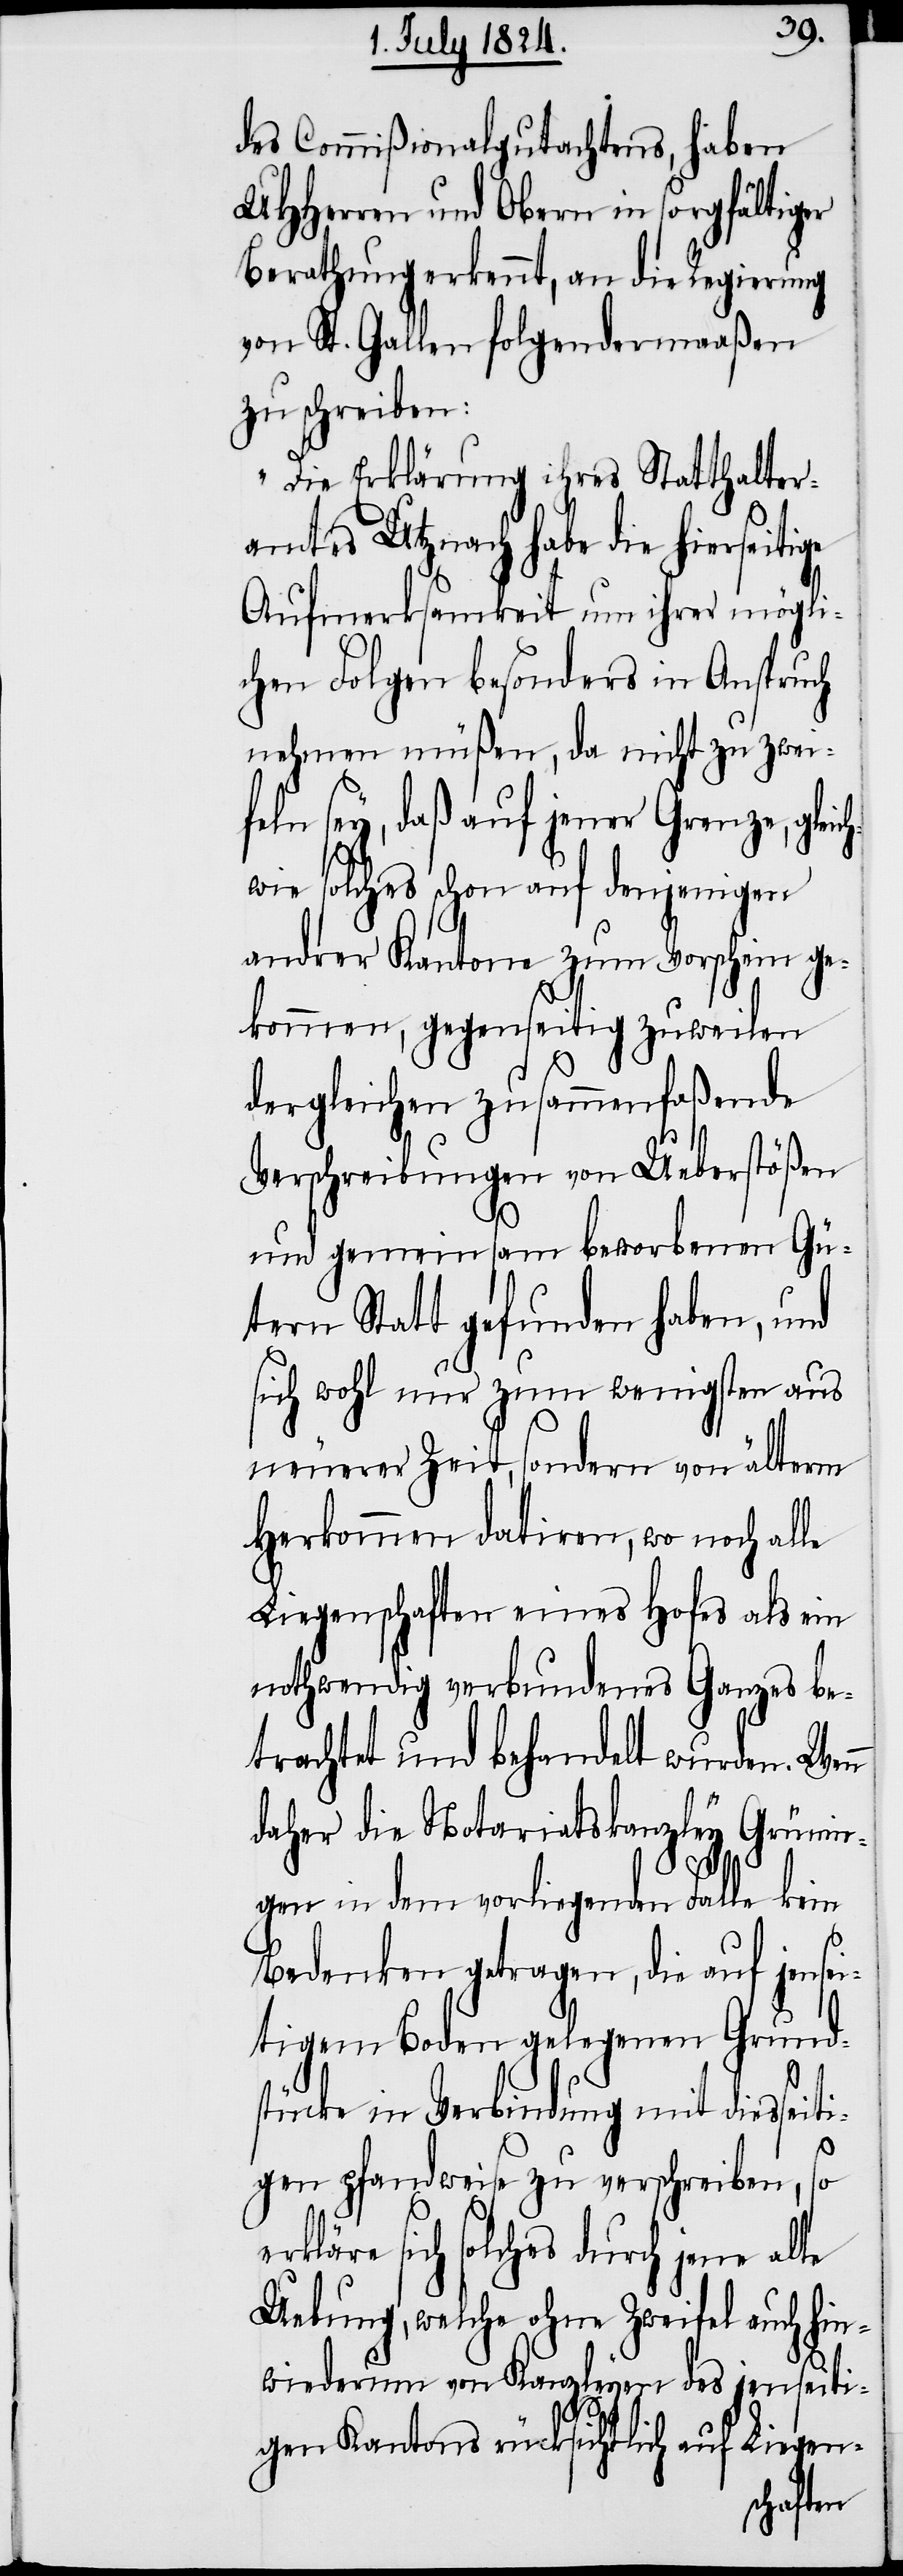
ge
des Commißionalgutachtens, haben
UHHerren und Obern in sorgfältiger
Berathung erkennt, an die Regierung
von St. Gallen folgendermaßen
zu schreiben:
„Die Erklärung ihres Statthalter¬
amtes Utznach habe die hierseiti¬
Aufmerksamkeit um ihrer mögli¬
chen Folgen besonders in Anspruch
nehmen müßen, da nicht zu zwei¬
feln sey, daß auf jener Grenze, glei¬
chwie solches schon auf denjenigen
andrer Kantone zum Vorschein ge¬
kommen, gegenseitig zuweilen
dergleichen zusammenfaßende
Verschreibungen von Ueberstößen
und gemeinsam beworbenen Gü¬
ter Statt gefunden haben, und
sich wohl nur zum wenigsten aus
neuerer Zeit, sondern von älterm
Herkommen datirten, wo noch alle
Liegenschaften eines Hofes als ein
nothwendig verbundenes Ganzes be¬
trachtet und behandelt wurden. Wenn
daher die Notariatskanzley Grünin¬
gen in dem vorliegenden Falle kein
Bedenken getragen, die auf jensei¬
tigem Boden gelegenen Grund¬
stücke in Verbindung mit diesseit¬
igen pfandweise zu verschreiben, so
sich solches durch jene alte
Uebung, welche ohne Zweifel auch hin¬
wiederum von Kanzleyen des jenseiti¬
gen Kantons rücksichtlich auf Liegen-